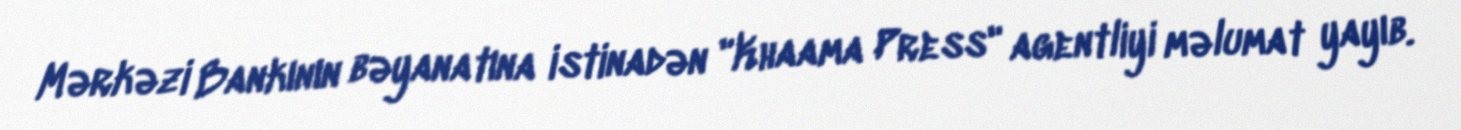
Mərkəzi Bankının bəyanatına istinadən "Khaama Press" agentliyi məlumat yayıb.